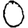
Digit: 0